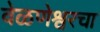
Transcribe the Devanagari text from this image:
वेळणेश्वरचा